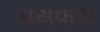
વસવાય